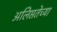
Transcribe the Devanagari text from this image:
अलिप्ततेच्या